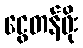
ငွေတန်ဖိုး